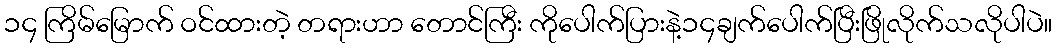
၁၄ ကြိမ်မြောက် ဝင်ထားတဲ့ တရားဟာ တောင်ကြီး ကိုပေါက်ပြားနဲ့၁၄ချက်ပေါက်ပြီးဖြိုလိုက်သလိုပါပဲ။